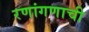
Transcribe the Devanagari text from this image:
रणांगणाची